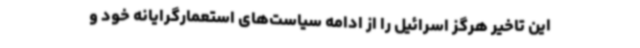
این تاخیر هرگز اسرائیل را از ادامه سیاست‌های استعمارگرایانه خود و